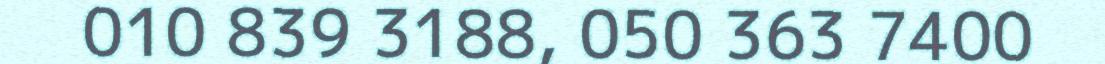
010 839 3188, 050 363 7400